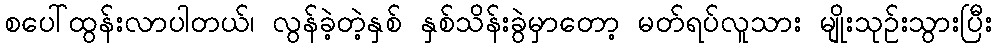
စပေါ်ထွန်းလာပါတယ်၊ လွန်ခဲ့တဲ့နှစ် နှစ်သိန်းခွဲမှာတော့ မတ်ရပ်လူသား မျိုးသုဉ်းသွားပြီး